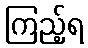
ကြည့်ရ